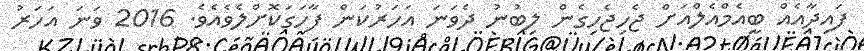
ފައިދާއެއް ބީއެމްއެލްއަށް ޖެހިޖެހިގެން ލިބުނު ދެވަނަ އަހަރުކަން ފާހަގަކޮށްލެވެއެވެ. 2016 ވަނަ އަހަރު